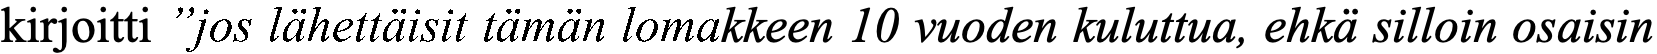
kirjoitti ”jos lähettäisit tämän lomakkeen 10 vuoden kuluttua, ehkä silloin osaisin